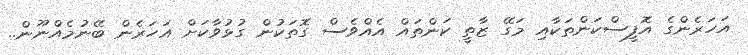
އަހަރެންގެ އޮފީސްކަންތަކާއި މަގޭ ޒާތީ ކަންތައް އެއްވެސް ގޮތަކުން ގުޅުވާކަށް އަހަރެން ބޭނުމެއްނޫން..